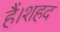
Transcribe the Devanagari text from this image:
हैं।शहद